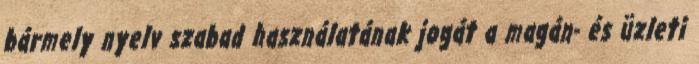
bármely nyelv szabad használatának jogát a magán- és üzleti